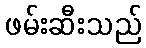
ဖမ်းဆီးသည်